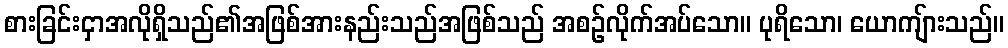
စားခြင်းငှာအလိုရှိသည်၏အဖြစ်အားနည်းသည်အဖြစ်သည် အစဉ်လိုက်အပ်သော။ ပုရိသော၊ ယောကျ်ားသည်။